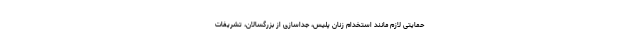
حمایتی لازم مانند استخدام زنان پلیس، جداسازی از بزرگسالان، تشریفات